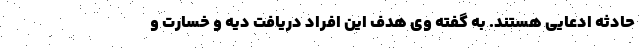
حادثه ادعایی هستند. به گفته وی هدف این افراد دریافت دیه و خسارت و